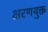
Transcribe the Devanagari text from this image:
क्षरणयुक्त